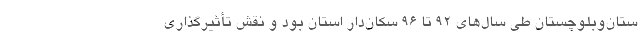
ستان‌وبلوچستان طی سال‌های ۹۲ تا ۹۶ سکان‌دار استان بود و نقش تأثیرگذاری